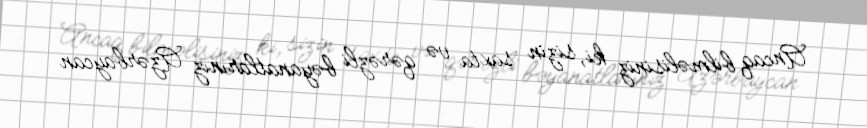
Ancaq bilməlisiniz ki, sizin saxta və qərəzli bəyanatlarınız Azərbaycan